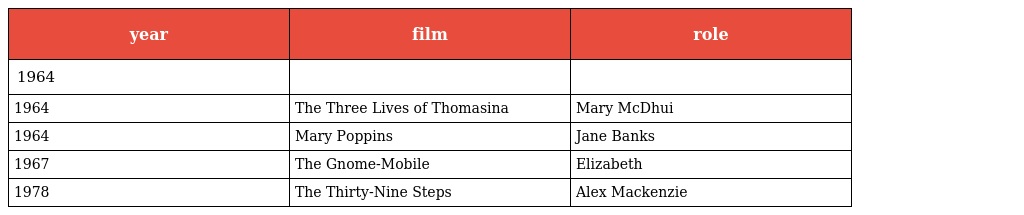
| year | film | role |
 | --- | --- | --- |
 | 1964 |  |  |
 | 1964 | The Three Lives of Thomasina | Mary McDhui |
 | 1964 | Mary Poppins | Jane Banks |
 | 1967 | The Gnome-Mobile | Elizabeth |
 | 1978 | The Thirty-Nine Steps | Alex Mackenzie |